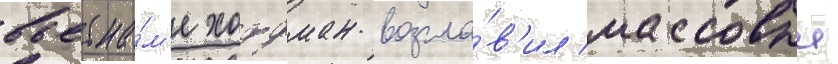
вьетна́м'е хоффман возгла́в'ил массовыи